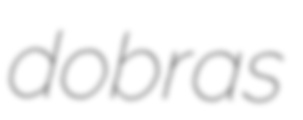
dobras